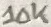
Text: 10K